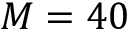
M = 4 0